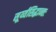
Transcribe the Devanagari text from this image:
सूर्य्यसिद्धान्तः